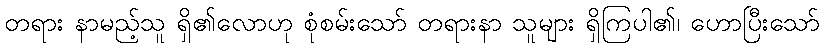
တရား နာမည့်သူ ရှိ၏လောဟု စုံစမ်းသော် တရားနာ သူများ ရှိကြပါ၏၊ ဟောပြီးသော်